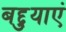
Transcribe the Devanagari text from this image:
बद्दुयाएं